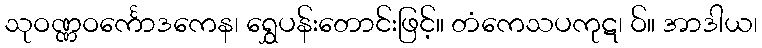
သုဝဏ္ဏဝင်္ကောဒကေန၊ ရွှေပန်းတောင်းဖြင့်။ တံကေသပကုဋ၊ ဝ်။ အာဒါယ၊